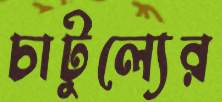
চাটুল্যের